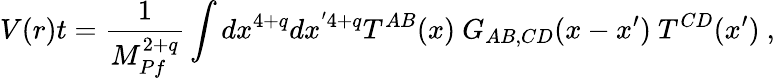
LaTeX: V(r)t={\frac{1}{M_{Pf}^{2+q}}}\int dx^{4+q}dx^{'4+q}T^{AB}(x)~G_{AB,CD}(x-x^{\prime})~T^{CD}(x^{\prime})~,